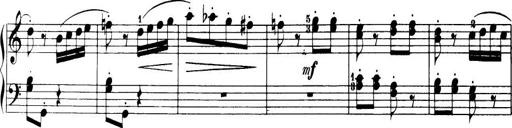
Title: 32 Sonatinas and Rondos for the Piano
Composer: Richard Kleinmichel